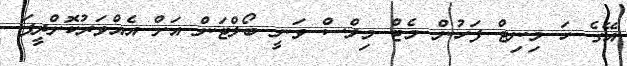
އޭގެ ހަ މިނިޓް ފަހުން މެޓް މިލްސް ވަނީ ބޯލްޓަން އަށް އެއްވަރުކޮށްދީފަ